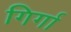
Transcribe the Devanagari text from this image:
गिर्गा